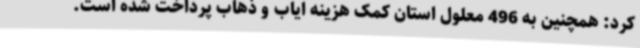
کرد: همچنین به 496 معلول استان کمک هزینه ایاب و ذهاب پرداخت شده است.